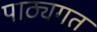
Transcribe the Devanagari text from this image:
पाठ्यगत